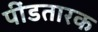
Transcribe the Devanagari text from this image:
पींडतारक